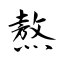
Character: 熬